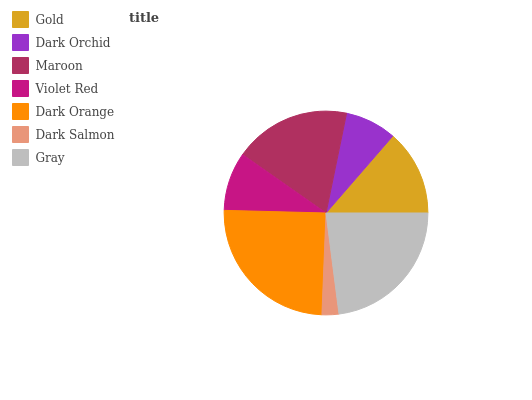
| Gold | Dark Orchid | Maroon | Violet Red | Dark Orange | Dark Salmon | Gray |
 | --- | --- | --- | --- | --- | --- | --- |
 | 13.6% | 8.15% | 18.5% | 9.31% | 24.8% | 2.67% | 22.9% |